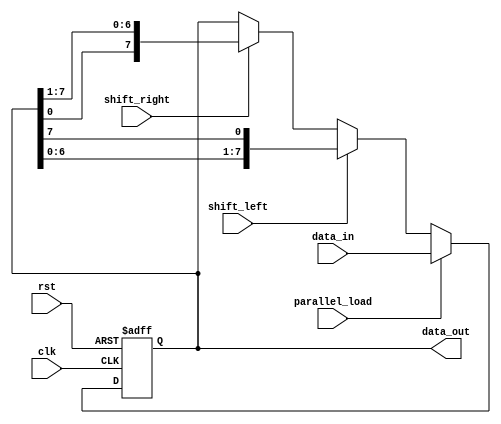
module universal_shift_register (
    input wire clk,               // Clock input
    input wire rst,               // Reset input
    input wire shift_left,        // Shift left control signal
    input wire shift_right,       // Shift right control signal
    input wire parallel_load,     // Parallel load control signal
    input wire [7:0] data_in,     // Input data
    output reg [7:0] data_out     // Output data
);

reg [7:0] shift_register;

always @(posedge clk or posedge rst) begin
    if (rst) begin
        shift_register <= 8'b0;   // Reset shift register to all zeros
    end else begin
        if (parallel_load) begin
            shift_register <= data_in;  // Parallel load data when control signal is active
        end else begin
            if (shift_left) begin
                shift_register <= {shift_register[6:0], shift_register[7]};  // Shift left
            end else if (shift_right) begin
                shift_register <= {shift_register[0], shift_register[7:1]};  // Shift right
            end
        end
    end
end

assign data_out = shift_register;

endmodule